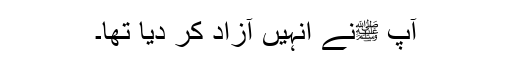
آپ ﷺنے انہیں آزاد کر دیا تھا۔